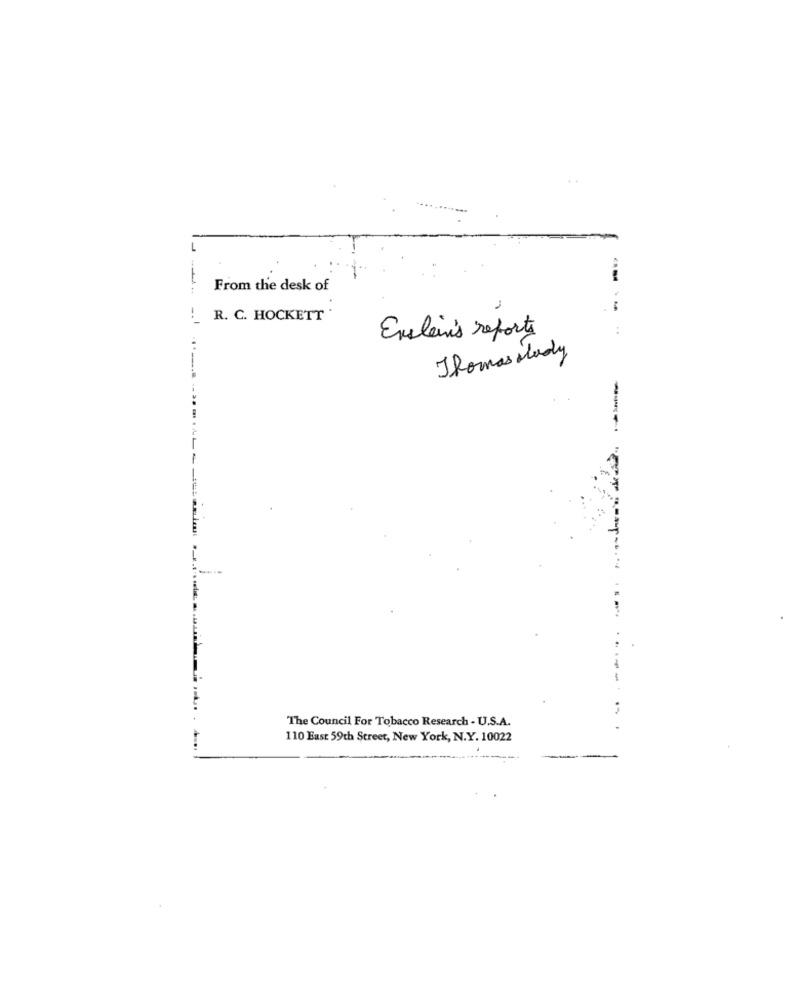
---
From the desk of
! R. C. HOCKETT
Enstein's reports
Thomas lady
The Council For Tobacco Research - U.S.A.
110 East 59th Street, New York, N.Y. 10022